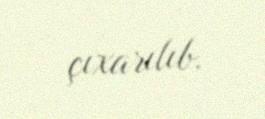
çıxarılıb.